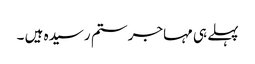
پہلے ہی مہاجر ستم رسیدہ ہیں ۔